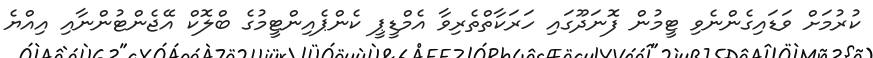
ކުރުމަށް ވަޑައިގެންނެވި ޓީމުން ފޮނަދޫގައި ހަރަކާތްތެރިވާ އެމްޑީޕީ ކެންޕެއިންޓީމުގެ ބްލޮކް އޭޖެންޓުންނާއި އިއްޔެ